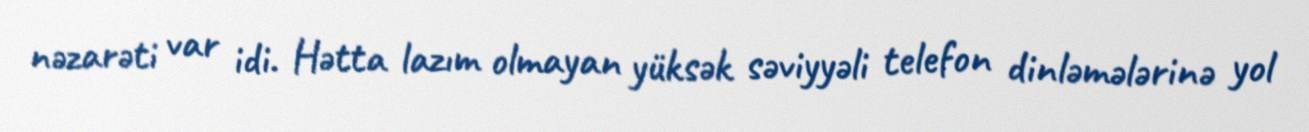
nəzarəti var idi. Hətta lazım olmayan yüksək səviyyəli telefon dinləmələrinə yol